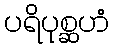
ပရိပုစ္ဆဟံ